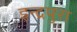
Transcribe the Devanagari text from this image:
इन्द्रपुरा